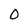
Character: O